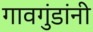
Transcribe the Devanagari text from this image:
गावगुंडांनी